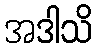
အဒါသိ